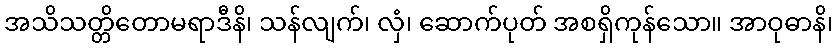
အသိသတ္တိတောမရာဒီနိ၊ သန်လျက်၊ လှံ၊ ဆောက်ပုတ် အစရှိကုန်သော။ အာဝုဓာနိ၊